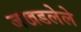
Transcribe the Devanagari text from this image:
जखडलेले